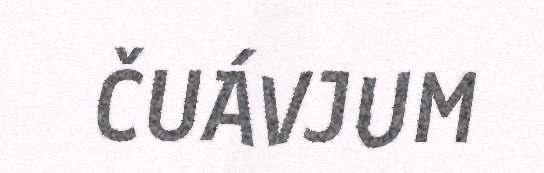
ČUÁVJUM